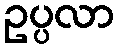
ဥပ္ပလာ